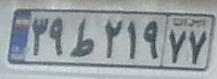
۳۹ط۲۱۹۷۷